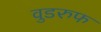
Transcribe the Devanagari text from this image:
वुडरुफ